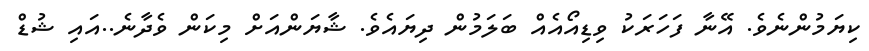
ކިޔަމުންނެވެ. އޭނާ ފަހަރަކު ވިޑިއޯއެއް ބަލަމުން ދިޔައެވެ. ޝާޔަންއަށް މިކަން ވެދާނެ..އައި ޝުޑް